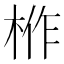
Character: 𭪌